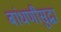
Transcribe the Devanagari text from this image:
बांधणीसुद्धा